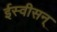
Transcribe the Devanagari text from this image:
ईस्वीसन्